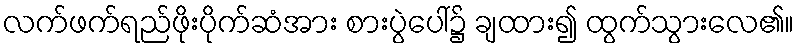
လက်ဖက်ရည်ဖိုးပိုက်ဆံအား စားပွဲပေါ်၌ ချထား၍ ထွက်သွားလေ၏။